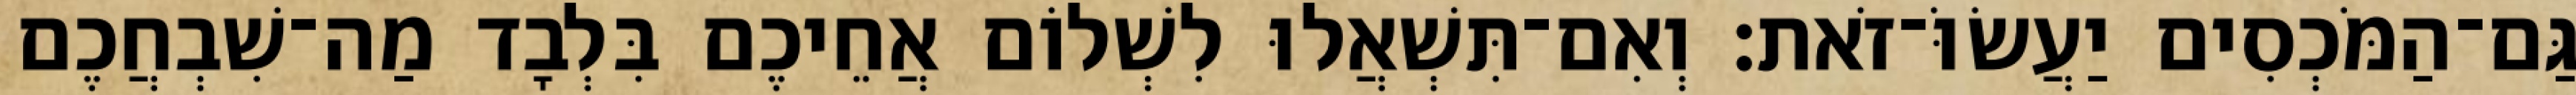
גַּם־הַמֹּכְסִים יַעֲשׂוֹּ־זֹאת׃ וְאִם־תִּשְׁאֲלוּ לִשְׁלוֹם אֲחֵיכֶם בִּלְבָד מַה־שִׁבְחֲכֶם